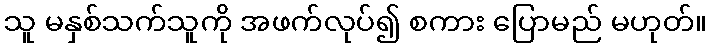
သူ မနှစ်သက်သူကို အဖက်လုပ်၍ စကား ပြောမည် မဟုတ်။